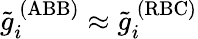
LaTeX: \tilde{g}_{i}^{\ (\mathrm{ABB})}\approx\tilde{g}_{i}^{\ (\mathrm{RBC})}